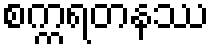
စက္ကရတနဿ